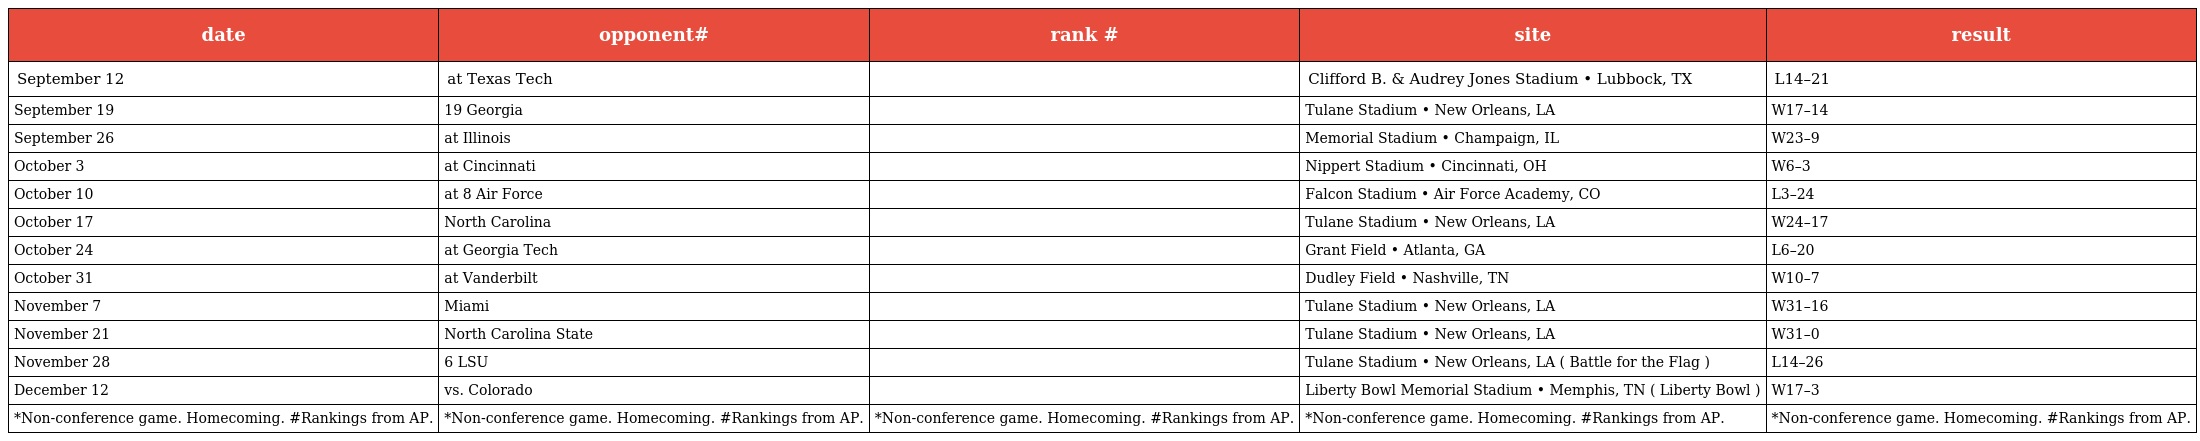
| date | opponent# | rank # | site | result |
 | --- | --- | --- | --- | --- |
 | September 12 | at Texas Tech |  | Clifford B. & Audrey Jones Stadium • Lubbock, TX | L14–21 |
 | September 19 | 19 Georgia |  | Tulane Stadium • New Orleans, LA | W17–14 |
 | September 26 | at Illinois |  | Memorial Stadium • Champaign, IL | W23–9 |
 | October 3 | at Cincinnati |  | Nippert Stadium • Cincinnati, OH | W6–3 |
 | October 10 | at 8 Air Force |  | Falcon Stadium • Air Force Academy, CO | L3–24 |
 | October 17 | North Carolina |  | Tulane Stadium • New Orleans, LA | W24–17 |
 | October 24 | at Georgia Tech |  | Grant Field • Atlanta, GA | L6–20 |
 | October 31 | at Vanderbilt |  | Dudley Field • Nashville, TN | W10–7 |
 | November 7 | Miami |  | Tulane Stadium • New Orleans, LA | W31–16 |
 | November 21 | North Carolina State |  | Tulane Stadium • New Orleans, LA | W31–0 |
 | November 28 | 6 LSU |  | Tulane Stadium • New Orleans, LA ( Battle for the Flag ) | L14–26 |
 | December 12 | vs. Colorado |  | Liberty Bowl Memorial Stadium • Memphis, TN ( Liberty Bowl ) | W17–3 |
 | *Non-conference game. Homecoming. #Rankings from AP. | *Non-conference game. Homecoming. #Rankings from AP. | *Non-conference game. Homecoming. #Rankings from AP. | *Non-conference game. Homecoming. #Rankings from AP. | *Non-conference game. Homecoming. #Rankings from AP. |